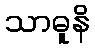
သာဓူနိ